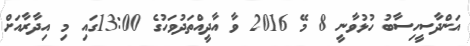
އަންދާސީހިސާބު ހުޅުވާނީ 8 މޭ 2016 ވާ އާދީއްތަދުވަހުގެ 13:00ގައި މި އިދާރާއަށް